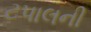
ટપાલની